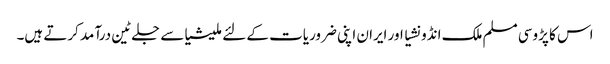
اس کا پڑوسی مسلم ملک انڈونشیا اور ایران اپنی ضروریات کے لئے ملیشیاسے جلے ٹین درآمد کرتے ہیں۔